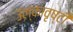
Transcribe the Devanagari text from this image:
उल्कावृष्टी